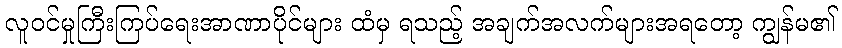
လူဝင်မှုကြီးကြပ်ရေးအာဏာပိုင်များ ထံမှ ရသည့် အချက်အလက်များအရတော့ ကျွန်မ၏